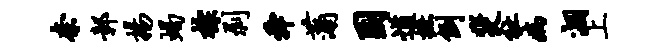
奈鄣扬蝎棕剥舜蒲困遒摭倒斐祉病涸上